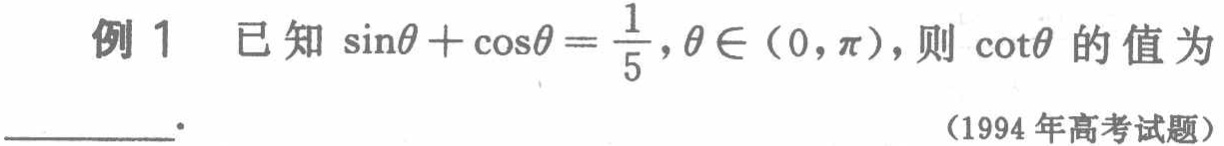
例 1 已知\(\sin\theta+\cos\theta = \frac{1}{5},\theta\in(0,\pi)\)，则\(\cot\theta\)的值为____. （1994 年高考试题）